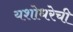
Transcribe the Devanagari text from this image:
यशोधरेची